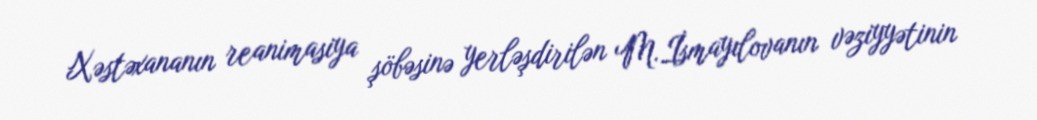
Xəstəxananın reanimasiya şöbəsinə yerləşdirilən M.İsmayılovanın vəziyyətinin